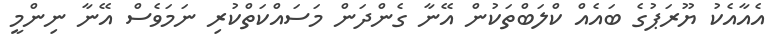
އެއާއެކު ޔޫރަޕުގެ ބައެއް ކްލަބްތަކުން އޭނާ ގެންދަން މަސައްކަތްކުރި ނަމަވެސް އޭނާ ނިންމީ